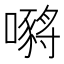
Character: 𡁷